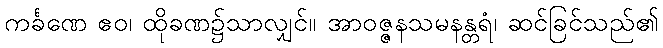
ကင်္ခဏေ ဧဝ၊ ထိုခဏ၌သာလျှင်။ အာဝဇ္ဇနသမနန္တရံ၊ ဆင်ခြင်သည်၏